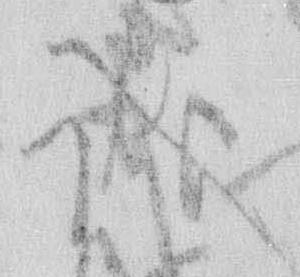
誠